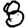
Digit: 8